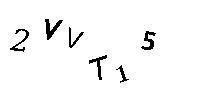
2VVT15